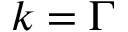
k = \Gamma